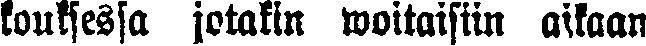
kouksessa jotakin woitaisiin aikaan